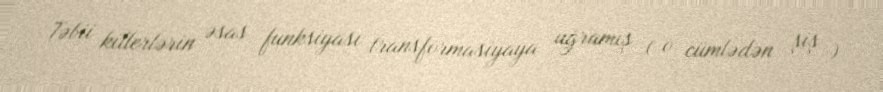
Təbii killerlərin əsas funksiyası transformasiyaya uğramış ( o cümlədən şiş )